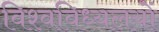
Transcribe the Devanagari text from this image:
विश्वविध्यलयों